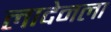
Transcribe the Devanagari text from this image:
लादेनला